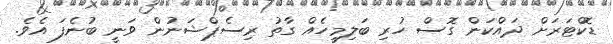
ޑޮކްޓަރަށް ދައްކަން ގޮސް ހުރި ބަލިމީހެއް ގާތު ރިސެޕްޝަނުން ވަނީ ބުނެފަ އެވެ.